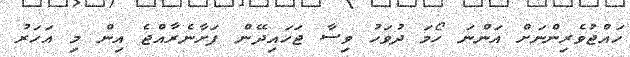
ހައްޖުވެރިންނަށް އަންނަ ހޯމަ ދުވަހު ވިސާ ޖަހައިދޭން ފަށާނެރާއްޖެ އިން މި އަހަރު